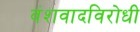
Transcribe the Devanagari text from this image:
वंशवादविरोधी